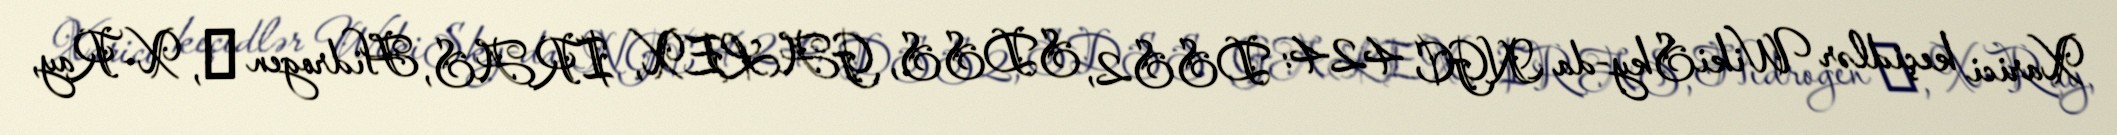
Xarici keçidlər WikiSky-da NGC 424: DSS2, SDSS, GALEX, IRAS, Hidrogen α, X-Ray,